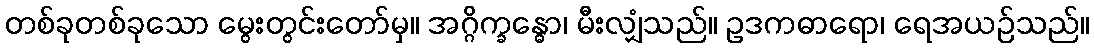
တစ်ခုတစ်ခုသော မွေးတွင်းတော်မှ။ အဂ္ဂိက္ခန္ဓော၊ မီးလျှံသည်။ ဥဒကဓာရော၊ ရေအယဉ်သည်။